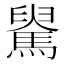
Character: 𩤺